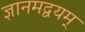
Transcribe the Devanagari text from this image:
ज्ञानमद्वयम्‌